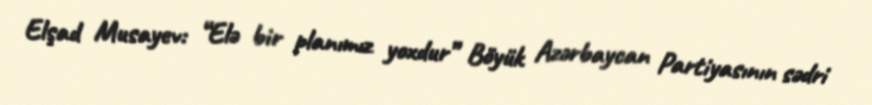
Elşad Musayev: “Elə bir planımız yoxdur” Böyük Azərbaycan Partiyasının sədri